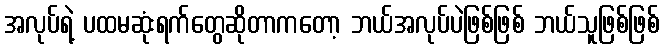
အလုပ်ရဲ့ ပထမဆုံးရက်တွေဆိုတာကတော့ ဘယ်အလုပ်ပဲဖြစ်ဖြစ် ဘယ်သူဖြစ်ဖြစ်